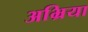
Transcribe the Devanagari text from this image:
अभ्रिया